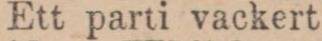
Ett parti vackert